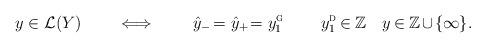
LaTeX: \begin{align*}y \in \mathcal{L}(Y)\mkern33mu\iff\mkern35mu\hat{y}_-\mkern-2mu = \hat{y}_+\mkern-3mu = y_1^{\textsc{g}}\mkern20mu\mkern20muy_1^{\textsc{d}} \mkern-1.2mu\in\mkern-1.2mu {\mathbb{Z}}\mkern9mu\mkern8.5muy \mkern-1.2mu\in\mkern-1.2mu {\mathbb{Z}} \mkern-1.5mu\cup\mkern-2.5mu \{\infty\}.\end{align*}